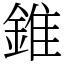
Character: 錐